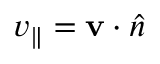
v _ { \parallel } = { { \bf v } \cdot \hat { n } }